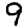
Digit: 9